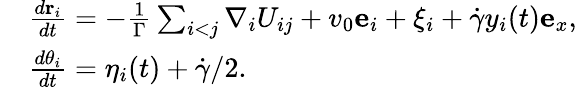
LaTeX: \begin{array}{rl}&{\frac{d{{\mathbf{r}}_{i}}}{dt}=-\frac{1}{\Gamma}\sum_{i<j}{{\mathbf{\nabla}}_{i}}U_{ij}+v_{0}\mathbf{e}_{i}+\mathbf{\xi}_{i}+\dot{\gamma}y_{i}(t)\mathbf{e}_{x},}\\ &{\frac{d\theta_{i}}{dt}=\eta_{i}(t)+\dot{\gamma}/2.}\end{array}